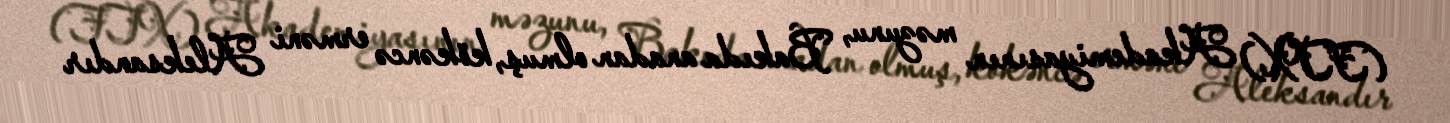
(FTX) Akademiyasının məzunu, Bakıda anadan olmuş, kökəncə erməni Aleksandır